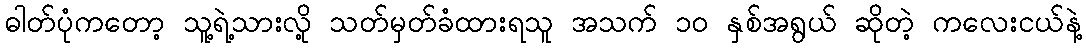
ဓါတ်ပုံကတော့ သူ့ရဲ့သားလို့ သတ်မှတ်ခံထားရသူ အသက် ၁၀ နှစ်အရွယ် ဆိုတဲ့ ကလေးငယ်နဲ့